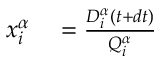
\begin{array} { r l } { x _ { i } ^ { \alpha } } & { { } = \frac { D _ { i } ^ { \alpha } ( t + d t ) } { Q _ { i } ^ { \alpha } } } \end{array}